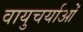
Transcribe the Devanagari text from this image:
वायुचर्याओं